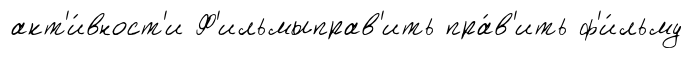
акт'и́вност'и Ф'ильмыправ'ить пра́в'ить ф'и́льму